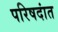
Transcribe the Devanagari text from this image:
परिषदांत